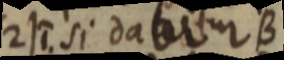
(2) si dabitur B